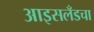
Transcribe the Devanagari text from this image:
आइसलँडचा